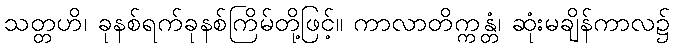
သတ္တဟိ၊ ခုနစ်ရက်ခုနစ်ကြိမ်တို့ဖြင့်။ ကာလာတိက္ကန္တံ၊ ဆုံးမချိန်ကာလ၌